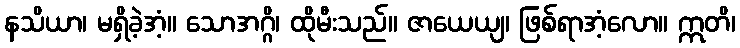
နသိယာ၊ မရှိခဲ့အံ့။ သောအဂ္ဂိ၊ ထိုမီးသည်။ ဇာယေယျ၊ ဖြစ်ရာအံ့လော။ ဣတိ၊